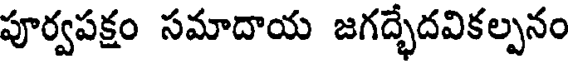
పూర్వపక్షం సమాదాయ జగద్భేదవికల్పనం